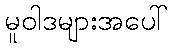
မူဝါဒများအပေါ်